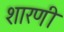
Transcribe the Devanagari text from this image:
शारणी